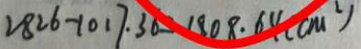
2 8 2 6 - 1 0 1 7 . 3 6 = 1 8 0 8 . 6 4 ( c m ^ { 2 } )